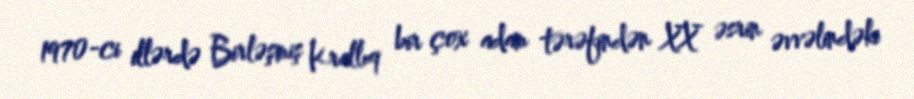
1970-ci illərdə Birləşmiş Krallıq bir çox adam tərəfindən XX əsrin əvvəlindəki